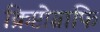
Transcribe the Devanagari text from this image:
क्रिप्टोग्राफि